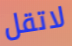
لاتقل